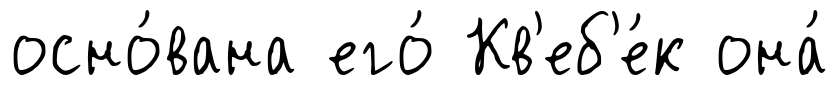
осно́вана его́ Кв'еб'е́к она́